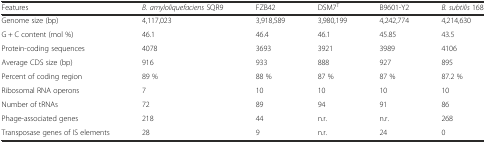
<table><thead><tr><td><b>Features</b></td><td><b><i>B. amyloliquefaciens</i> SQR9</b></td><td><b>FZB42</b></td><td><b>DSM7<sup>T</sup></b></td><td><b>B9601-Y2</b></td><td><b><i>B. subtilis</i> 168</b></td></tr></thead><tbody><tr><td>Genome size (bp)</td><td>4,117,023</td><td>3,918,589</td><td>3,980,199</td><td>4,242,774</td><td>4,214,630</td></tr><tr><td>G + C content (mol %)</td><td>46.1</td><td>46.4</td><td>46.1</td><td>45.85</td><td>43.5</td></tr><tr><td>Protein-coding sequences</td><td>4078</td><td>3693</td><td>3921</td><td>3989</td><td>4106</td></tr><tr><td>Average CDS size (bp)</td><td>916</td><td>933</td><td>888</td><td>927</td><td>895</td></tr><tr><td>Percent of coding region</td><td>89 %</td><td>88 %</td><td>87 %</td><td>87 %</td><td>87.2 %</td></tr><tr><td>Ribosomal RNA operons</td><td>7</td><td>10</td><td>10</td><td>10</td><td>10</td></tr><tr><td>Number of tRNAs</td><td>72</td><td>89</td><td>94</td><td>91</td><td>86</td></tr><tr><td>Phage-associated genes</td><td>218</td><td>44</td><td>n.r.</td><td>n.r.</td><td>268</td></tr><tr><td>Transposase genes of IS elements</td><td>28</td><td>9</td><td>n.r.</td><td>24</td><td>0</td></tr></tbody></table>